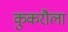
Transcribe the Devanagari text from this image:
कुकरौला